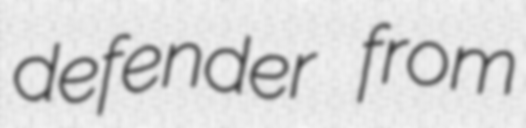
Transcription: defender from